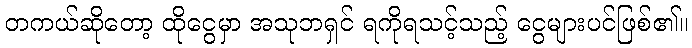
တကယ်ဆိုတော့ ထိုငွေမှာ အသုဘရှင် ရကိုရသင့်သည့် ငွေများပင်ဖြစ်၏။